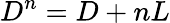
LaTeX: D^{n}=D+nL